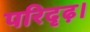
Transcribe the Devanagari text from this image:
परिदृढ़।